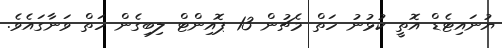
ޔުނައިޓެޑް އޮތީ ކުޅުނު ހަތް މެޗުން 13 ޕޮއިންޓް ލިބިގެން ހަތް ވަނާގައެވެ.